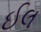
ઈલ